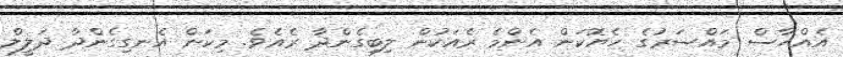
އެއްހާސް މައްސަރުގެ ހެޔޮކަން އެންމެ ރެއަކުން ލިބިގެންދާ ރެއެވެ. މިކަން އެނގިގެންދާ ދަލީލް